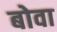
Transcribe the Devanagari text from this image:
बोवा